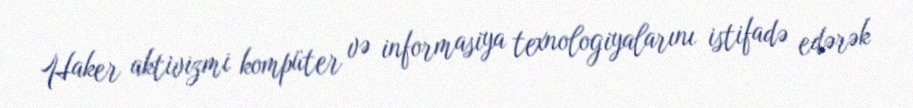
Haker aktivizmi kompüter və informasiya texnologiyalarını istifadə edərək